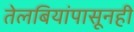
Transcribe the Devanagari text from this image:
तेलबियांपासूनही